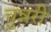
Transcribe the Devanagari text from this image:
चुन्नरी